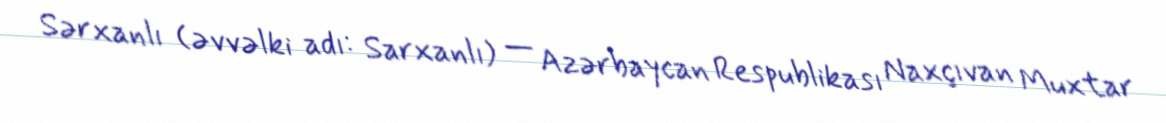
Sərxanlı (əvvəlki adı: Sarxanlı) — Azərbaycan Respublikası Naxçıvan Muxtar